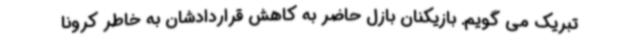
تبریک می گویم. بازیکنان بازل حاضر به کاهش قراردادشان به خاطر کرونا